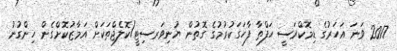
2017 ވަނަ އަހަރުގެ ޑިމޮކްރަސީ ހަފްތާ ފާހަގަކުރުމުގެ ގޮތުން ޔުނިވަރސިޓީ/ކޮލެޖްތަކަށް އަމާޒުކޮށްގެން ހިންގުނު